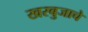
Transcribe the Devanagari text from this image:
खरबुजाचे